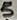
Text: 5